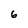
Character: 6